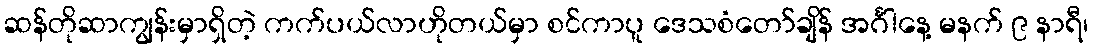
ဆန်တိုဆာကျွန်းမှာရှိတဲ့ ကက်ပယ်လာဟိုတယ်မှာ စင်ကာပူ ဒေသစံတော်ချိန် အင်္ဂါနေ့ မနက် ၉ နာရီ၊